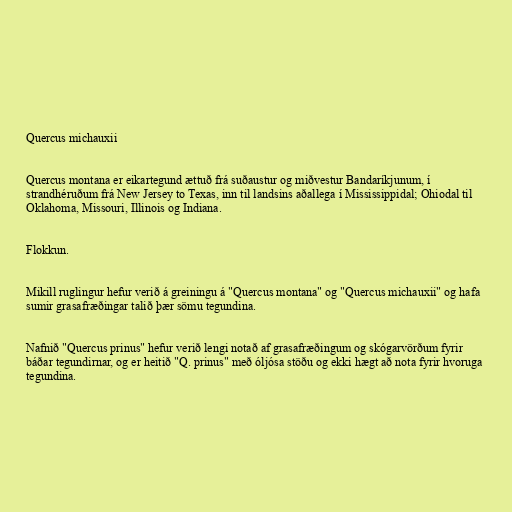
Quercus michauxii

Quercus montana er eikartegund ættuð frá suðaustur og miðvestur Bandaríkjunum, í
strandhéruðum frá New Jersey to Texas, inn til landsins aðallega í Mississippidal; Ohiodal til
Oklahoma, Missouri, Illinois og Indiana.

Flokkun.

Mikill ruglingur hefur verið á greiningu á "Quercus montana" og "Quercus michauxii" og hafa
sumir grasafræðingar talið þær sömu tegundina.

Nafnið "Quercus prinus" hefur verið lengi notað af grasafræðingum og skógarvörðum fyrir
báðar tegundirnar, og er heitið "Q. prinus" með óljósa stöðu og ekki hægt að nota fyrir hvoruga
tegundina.